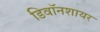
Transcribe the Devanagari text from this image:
डिवॉनशायर